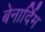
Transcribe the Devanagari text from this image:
बेनार्दिम